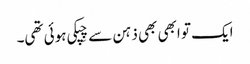
ایک تو ابھی بھی ذہن سے چِپکی ہوئی تھی۔